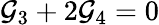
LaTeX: \mathcal{G}_{3}+2\mathcal{G}_{4}=0